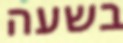
בשעה